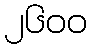
၂၆၀၀